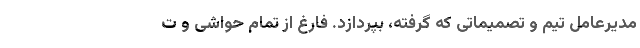
مدیرعامل تیم و تصمیماتی که گرفته، بپردازد. فارغ از تمام حواشی و ت